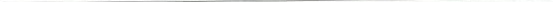
___